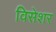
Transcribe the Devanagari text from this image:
विसेशर